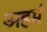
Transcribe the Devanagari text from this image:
अहमं